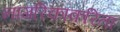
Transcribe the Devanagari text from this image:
नागरिकाकरिता